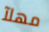
مهلآ